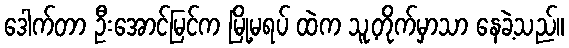
ဒေါက်တာ ဦးအောင်မြင်က မြို့မရပ် ထဲက သူ့တိုက်မှာသာ နေခဲ့သည်။